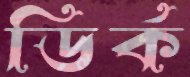
ডির্ক